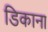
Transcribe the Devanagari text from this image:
डिकाना